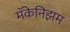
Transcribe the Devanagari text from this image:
मॅकेनिझम